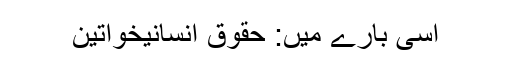
اسی بارے میں: حقوق انسانیخواتین